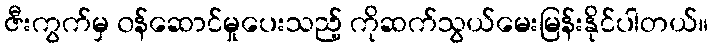
ဇီးကွက်မှ ၀န်ဆောင်မှုပေးသည့် ကိုဆက်သွယ်မေးမြန်းနိုင်ပါတယ်။